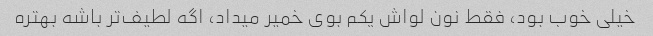
خیلی خوب بود، فقط نون لواش یکم بوی خمیر میداد، اگه لطیف‌تر باشه بهتره